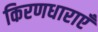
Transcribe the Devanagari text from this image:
किरणधाराएँ